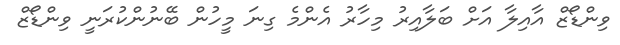
ވިންޑޯޒް އާއިލާ އަށް ބަލާއިރު މިހާރު އެންމެ ގިނަ މީހުން ބޭނުންކުރަނީ ވިންޑޯޒް